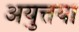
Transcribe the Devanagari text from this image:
अयुत्तया